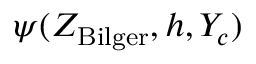
\psi ( Z _ { \mathrm { B i l g e r } } , h , Y _ { c } )